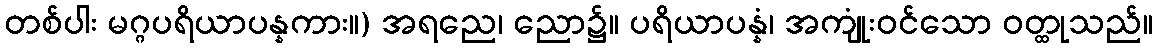
တစ်ပါး မဂ္ဂပရိယာပန္နကား။) အရညေ၊ ညော၌။ ပရိယာပန္နံ၊ အကျုံးဝင်သော ဝတ္ထုသည်။